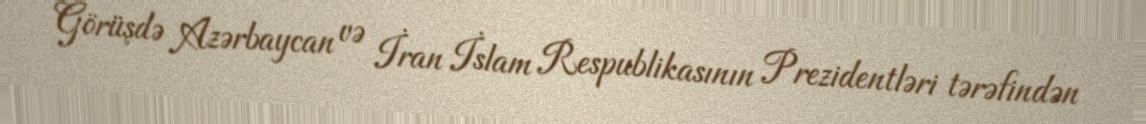
Görüşdə Azərbaycan və İran İslam Respublikasının Prezidentləri tərəfindən